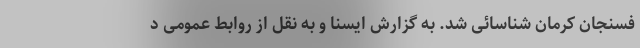
فسنجان کرمان شناسائی شد. به گزارش ایسنا و به نقل از روابط عمومی د